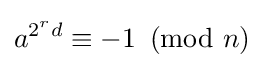
a^{2^{r}d}\equiv -1\!\!\!{\pmod {n}}